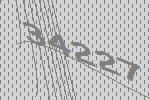
34227